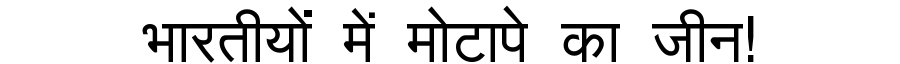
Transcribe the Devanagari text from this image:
भारतीयों में मोटापे का जीन!